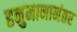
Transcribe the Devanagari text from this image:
हनुमानानंतर